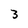
Character: 3